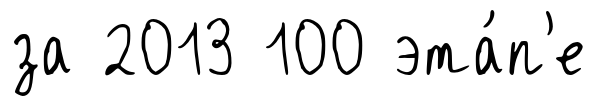
за 2013 100 эта́п'е